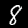
Digit: 8